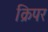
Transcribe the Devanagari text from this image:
क्रिपर